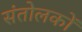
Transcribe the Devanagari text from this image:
संतोलकों